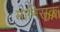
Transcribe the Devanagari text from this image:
मानिसक